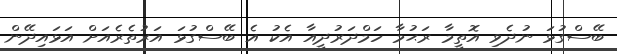
ބޭސްގުޅަ ނުދެވި އޮތީމާ ރަޙުމާ ހަމްދަރުދީއާ އެކު އެ ބޭސްގުޅަ އަރުތެރެއަށް އަޅައިދޭން